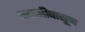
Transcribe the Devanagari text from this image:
बदामीपासून